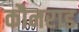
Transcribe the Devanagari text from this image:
कौनराड